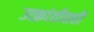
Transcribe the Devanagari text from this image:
उत्क्रांतीतही